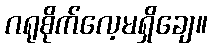
ဂရုစိုက်လေ့မရှိချေ။